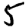
Digit: 5